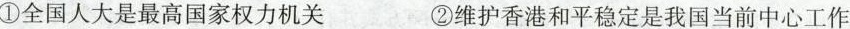
①全国人大是最高国家权力机关 ②维护香港和平稳定是我国当前中心工作